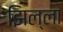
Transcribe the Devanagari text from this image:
झिल्ला